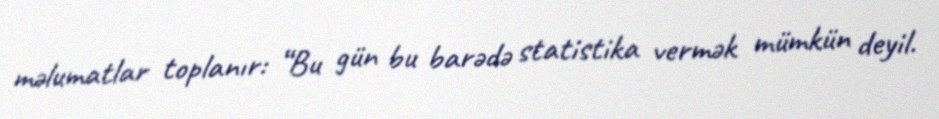
məlumatlar toplanır: “Bu gün bu barədə statistika vermək mümkün deyil.